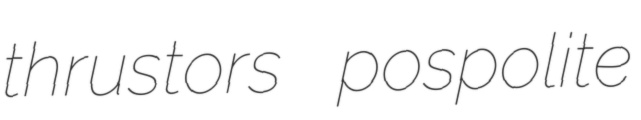
thrustors pospolite